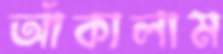
আঁকালাম